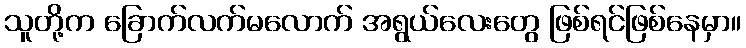
သူတို့က ခြောက်လက်မလောက် အရွယ်လေးတွေ ဖြစ်ရင်ဖြစ်နေမှာ။